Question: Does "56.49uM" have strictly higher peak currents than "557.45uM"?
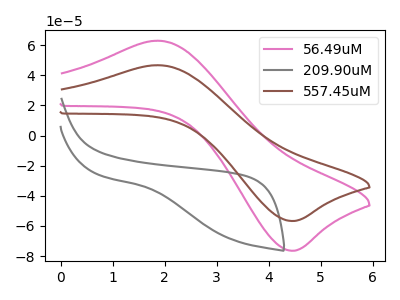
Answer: <think>The pink curve "56.49uM" has an anodic peak at (1.90V, 62.95uA) and a cathodic peak at (4.45V, -76.45uA). The gray curve "209.90uM" has no peaks. The brown curve "557.45uM" has an anodic peak at (1.90V, 46.70uA) and a cathodic peak at (4.45V, -56.70uA).</think>
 <answer>Every peak in "56.49uM" is higher than every peak in "557.45uM".</answer>
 <eval>higher</eval>